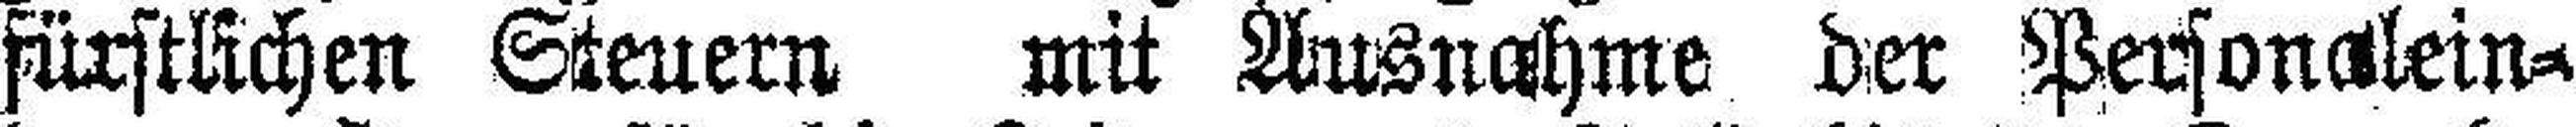
fürstlichen Steuern mit Ausnahme der Personalein¬